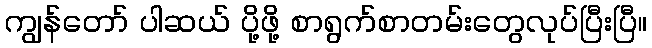
ကျွန်တော် ပါဆယ် ပို့ဖို့ စာရွက်စာတမ်းတွေလုပ်ပြီးပြီ။